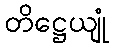
တိဋ္ဌေယျုံ